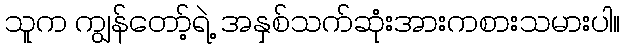
သူက ကျွန်တော့်ရဲ့ အနှစ်သက်ဆုံးအားကစားသမားပါ။